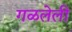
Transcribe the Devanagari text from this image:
गळलेली